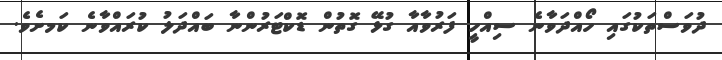
ދުވަސްތަކުގައި ހޯއްދަވާނެ ސިއްހީ ފަރުވާއާ ގުޅޭ ގޮތުން ޑޮކްޓަރުންނާ ބައްދަލު ކުރައްވާނެ ކަމށެވެ.